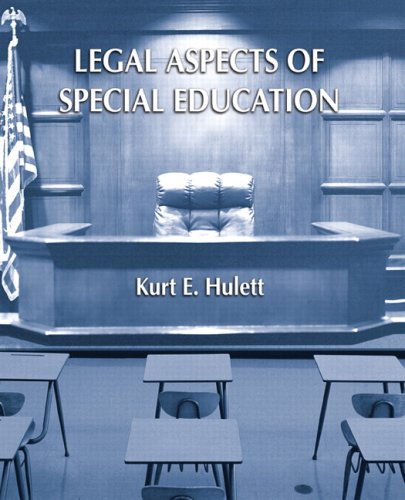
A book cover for Legal Aspects of Special Education; Kurt E. Hulett; Law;